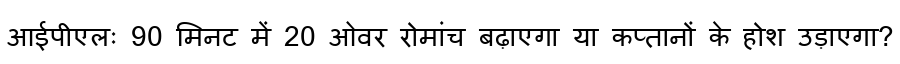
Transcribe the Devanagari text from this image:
आईपीएलः 90 मिनट में 20 ओवर रोमांच बढ़ाएगा या कप्तानों के होश उड़ाएगा?